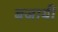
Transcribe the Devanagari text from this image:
बजायीं